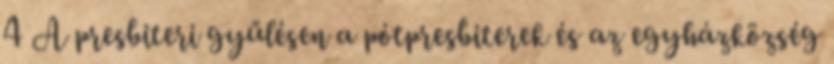
4 A presbiteri gyűlésen a pótpresbiterek és az egyházközség